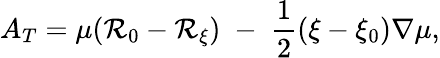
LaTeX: A_{T}=\mu(\mathcal{R}_{0}-\mathcal{R}_{\xi})\; -\; \frac{{1}}{{2}}(\xi-\xi_{0})\nabla\mu,